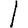
Digit: 1